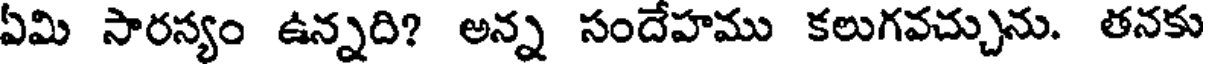
ఏమి సారస్యం ఉన్నది? అన్న సందేహము కలుగవచ్చును. తనకు